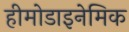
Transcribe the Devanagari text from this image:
हीमोडाइनेमिक